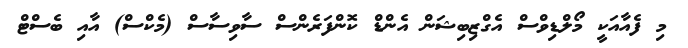
މި ފެއާއަކީ މޯލްޑިވްސް އެގްޒިބިޝަން އެންޑް ކޮންފަރެންސް ސާވިސާސް (މެކްސް) އާއި ބެސްޓް